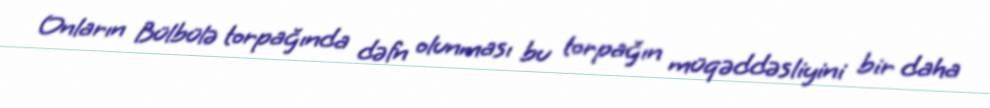
Onların Bülbülə torpağında dəfn olunması bu torpağın müqəddəsliyini bir daha